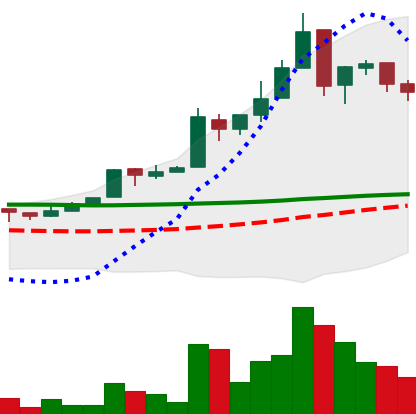
Ticker: EOS-USD
Chart end date: 2018-05-04
Forward return: 4.595%
Label: up_3_5